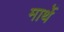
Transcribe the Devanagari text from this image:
मार्थे